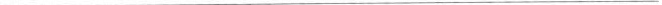
___